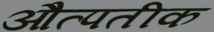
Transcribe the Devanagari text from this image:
औत्पतीक